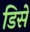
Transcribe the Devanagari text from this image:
डिसें